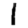
Digit: 1